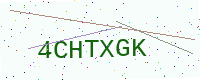
Text: 4CHTXGK